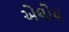
એલોય